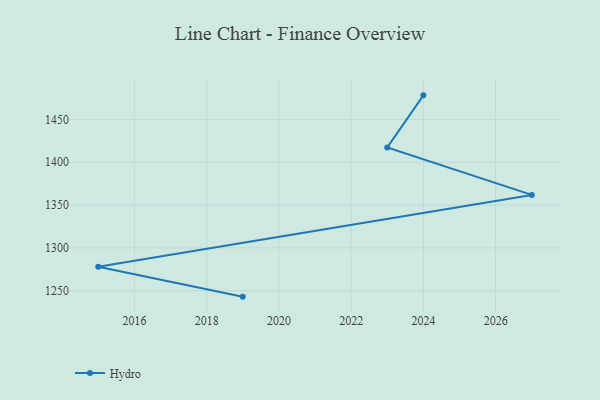
{"axis": {"x": "Year", "y": "Headcount"}, "legend": ["Hydro"], "data": [{"x": "2024", "y": 1478.2, "type": "Hydro"}, {"x": "2023", "y": 1417.4, "type": "Hydro"}, {"x": "2027", "y": 1361.9, "type": "Hydro"}, {"x": "2015", "y": 1277.9, "type": "Hydro"}, {"x": "2019", "y": 1243.0, "type": "Hydro"}]}